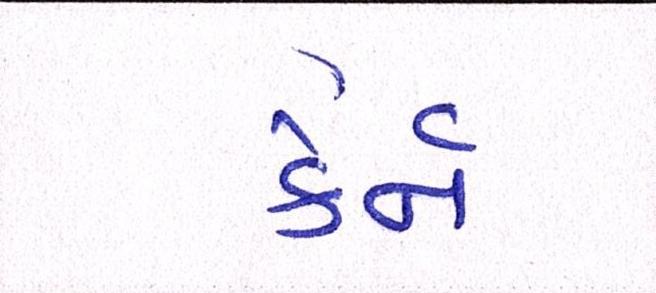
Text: કેર્ન